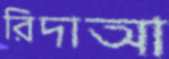
রিদাআ